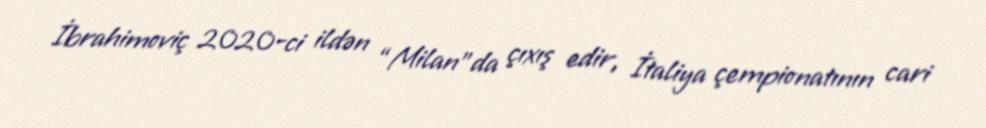
İbrahimoviç 2020-ci ildən “Milan”da çıxış edir, İtaliya çempionatının cari